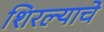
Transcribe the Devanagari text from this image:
शिरल्याचे